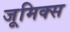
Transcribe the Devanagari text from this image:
जूमिक्स